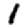
Digit: 1